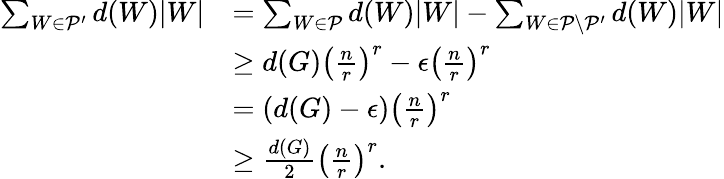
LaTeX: \begin{array}{rl}{\sum_{W\in\mathcal{P}^{\prime}}d(W)|W|}&{=\sum_{W\in\mathcal{P}}d(W)|W|-\sum_{W\in\mathcal{P}\setminus\mathcal{P^{\prime}}}d(W)|W|}\\ &{\ge d(G)\left(\frac{n}{r}\right)^{r}-\epsilon\left(\frac{n}{r}\right)^{r}}\\ &{=(d(G)-\epsilon)\left(\frac{n}{r}\right)^{r}}\\ &{\ge\frac{d(G)}{2}\left(\frac{n}{r}\right)^{r}.}\end{array}